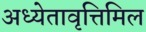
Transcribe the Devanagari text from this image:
अध्येतावृत्तिमिल